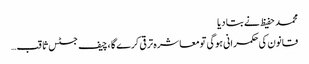
محمد حفیظ نے بتا دیا
قانون کی حکمرانی ہوگی تومعاشرہ ترقی کرے گا ،چیف جسٹس ثاقب…